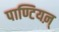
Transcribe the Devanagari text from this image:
पाण्टियऩ्